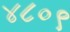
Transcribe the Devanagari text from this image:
४८०९